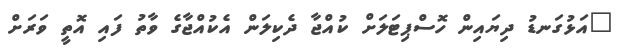
"އަޅުގަނޑު ދިޔައިން ހޮސްޕިޓަލަށް ކުއްޖާ ދެކިލަން އެކުއްޖާގެ ވާތު ފައި އޮތީ ވަރަށް